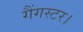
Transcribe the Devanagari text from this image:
गैंगस्टर।